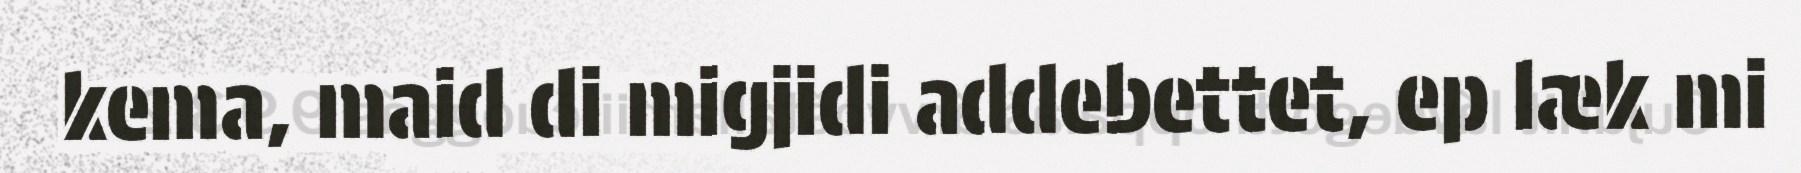
kema, maid di migjidi addebettet, ep læk mi